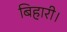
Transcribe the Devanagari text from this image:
बिहारी।